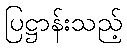
ပြဋ္ဌာန်းသည့်